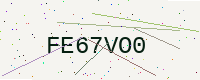
Text: FE67VO0